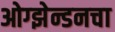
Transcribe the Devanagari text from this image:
ओग्झेन्डनचा